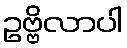
ဥဗ္ဗိလာပါ